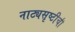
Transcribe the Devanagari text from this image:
नाट्यसृष्टीची